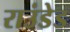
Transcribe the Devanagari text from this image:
राउंडेड